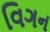
વિગન